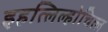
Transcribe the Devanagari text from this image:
इहत्लिल्होचित्ल